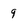
Character: 9